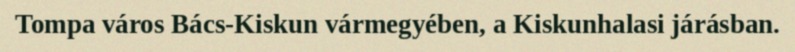
Tompa város Bács-Kiskun vármegyében, a Kiskunhalasi járásban.